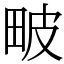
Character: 𤱍